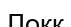
Локк